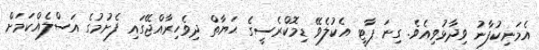
އެމަނިކުފާނު ވިދާޅުވިއެވެ. ގިނަ ޕާޓީ އެކުލެވޭ ޑިމޮކްރެސީގެ ޙަޔާތް ދިވެހިރާއްޖޭގައި ފެށުމުގެ އަސްލެއްކަމަށް